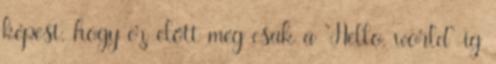
képest, hogy ez előtt még csak a "Hello, world"-ig